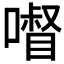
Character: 𱔽